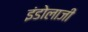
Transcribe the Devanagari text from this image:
इंडोलाजी